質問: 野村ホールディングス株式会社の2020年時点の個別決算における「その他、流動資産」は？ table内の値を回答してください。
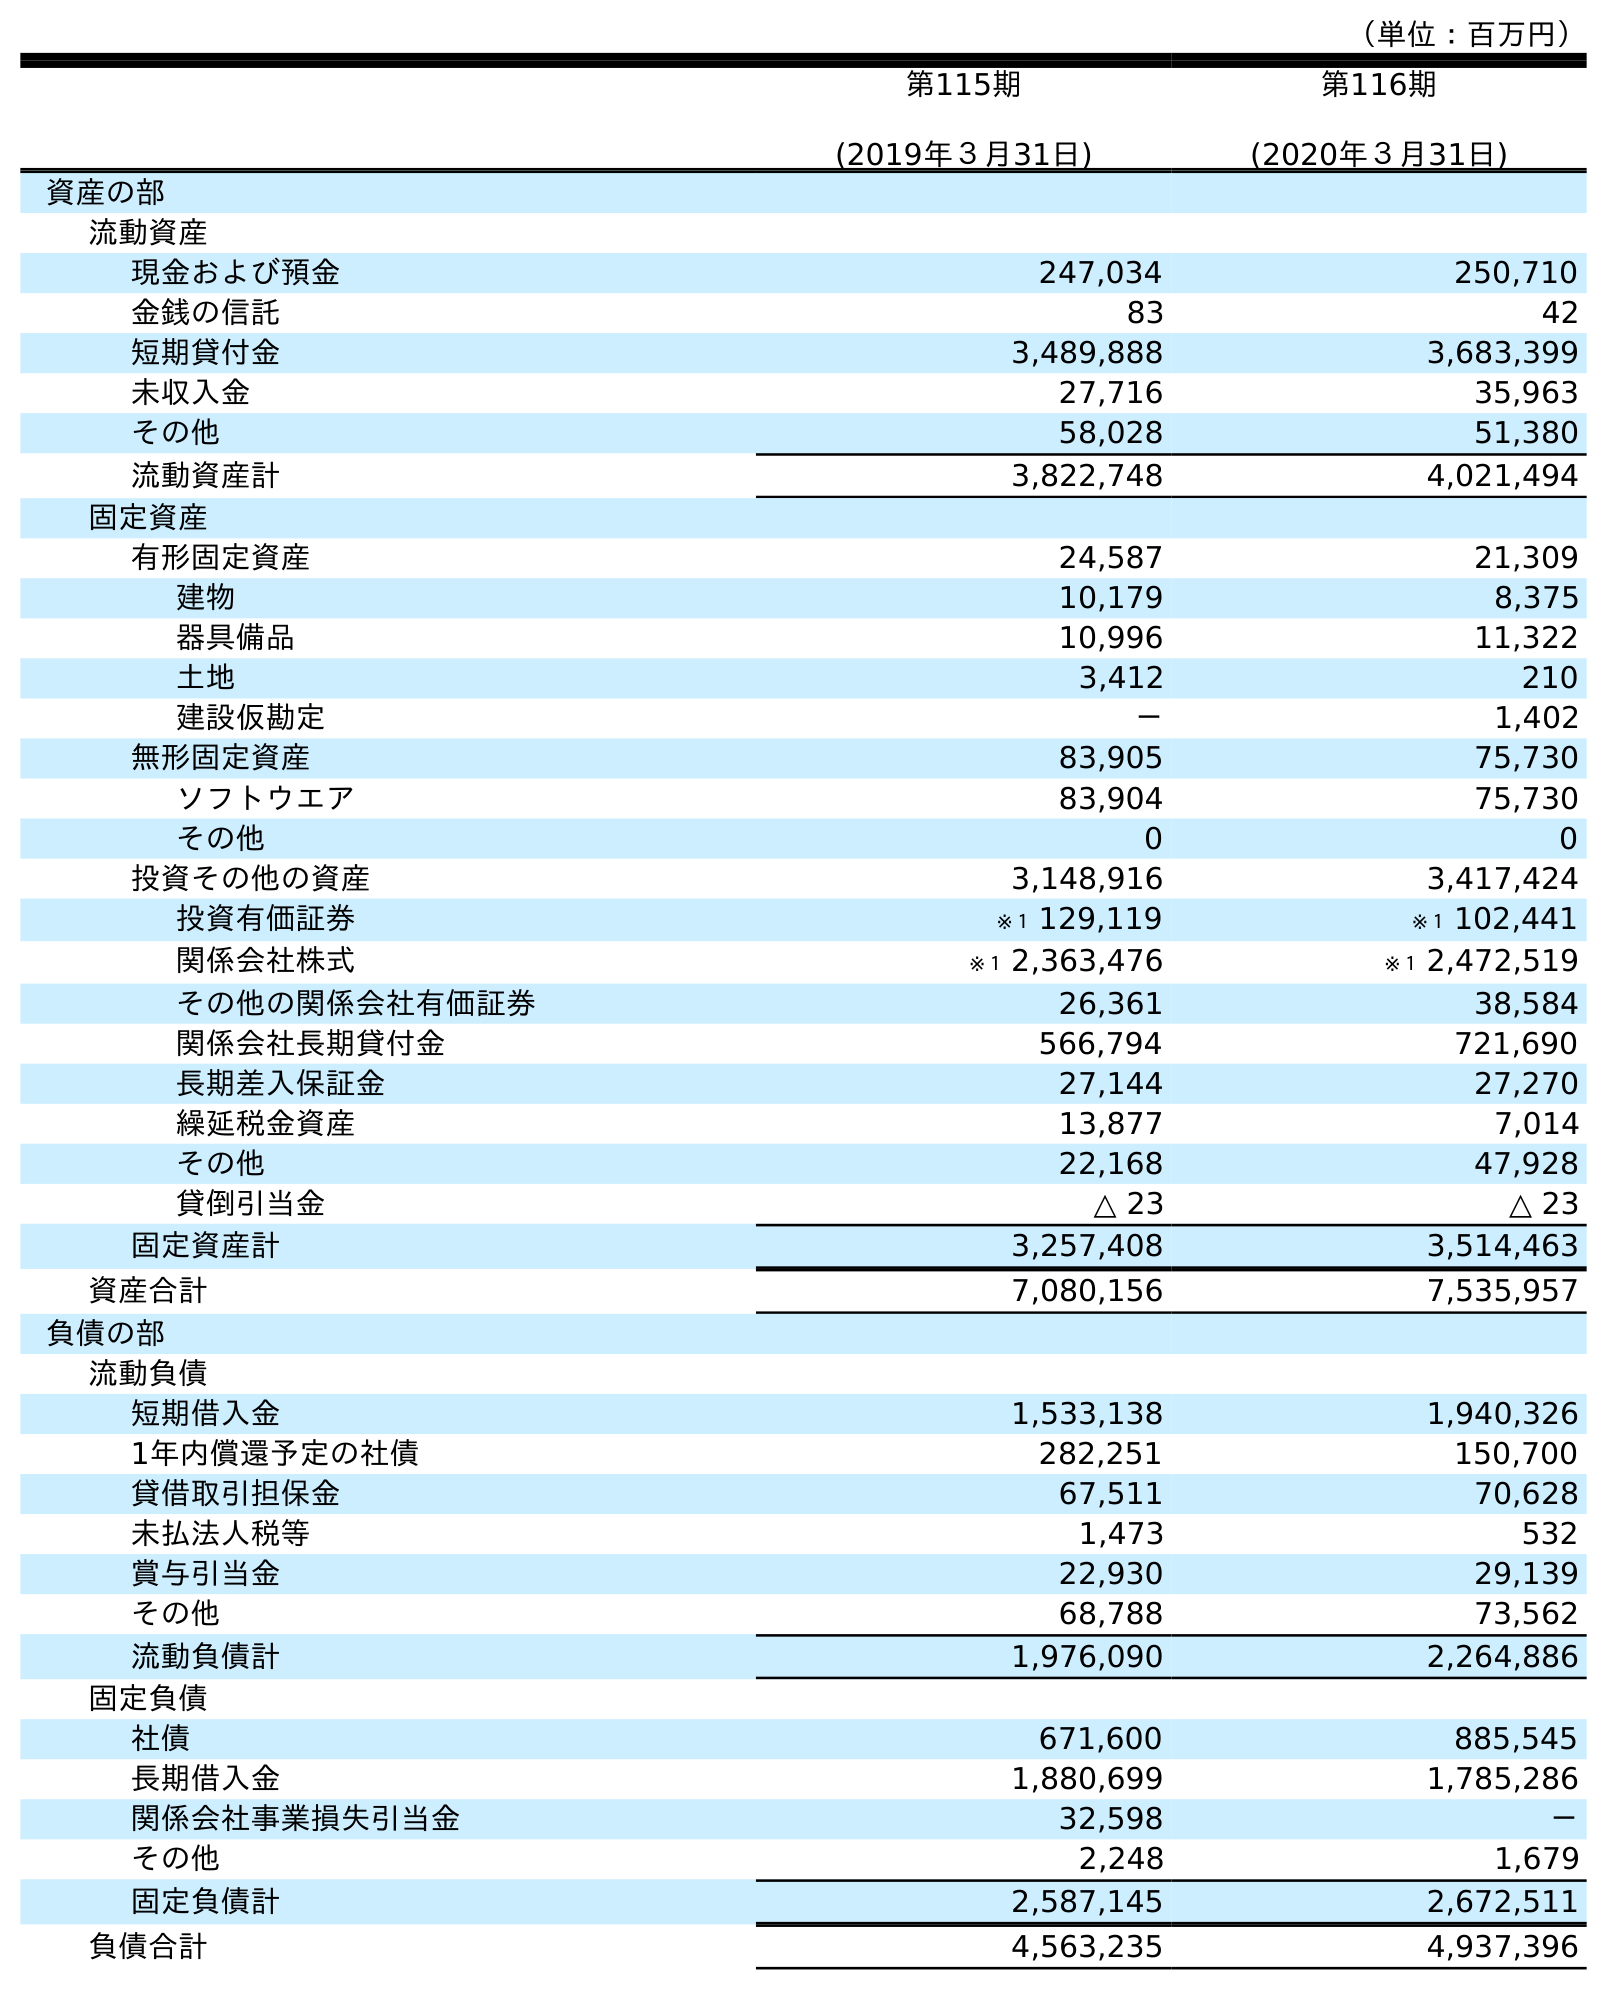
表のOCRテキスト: （単位：百万円） 第115期 (2019年３月31日) 第116期 (2020年３月31日) 資産の部 流動資産 現金および預金 247,034 250,710 金銭の信託 83 42 短期貸付金 3,489,888 3,683,399 未収入金 27,716 35,963 その他 58,028 51,380 流動資産計 3,822,748 4,021,494 固定資産 有形固定資産 24,587 21,309 建物 10,179 8,375 器具備品 10,996 11,322 土地 3,412 210 建設仮勘定 － 1,402 無形固定資産 83,905 75,730 ソフトウエア 83,904 75,730 その他 0 0 投資その他の資産 3,148,916 3,417,424 投資有価証券 ※１ 129,119 ※１ 102,441 関係会社株式 ※１ 2,363,476 ※１ 2,472,519 その他の関係会社有価証券 26,361 38,584 関係会社長期貸付金 566,794 721,690 長期差入保証金 27,144 27,270 繰延税金資産 13,877 7,014 その他 22,168 47,928 貸倒引当金 △ 23 △ 23 固定資産計 3,257,408 3,514,463 資産合計 7,080,156 7,535,957 負債の部 流動負債 短期借入金 1,533,138 1,940,326 1年内償還予定の社債 282,251 150,700 貸借取引担保金 67,511 70,628 未払法人税等 1,473 532 賞与引当金 22,930 29,139 その他 68,788 73,562 流動負債計 1,976,090 2,264,886 固定負債 社債 671,600 885,545 長期借入金 1,880,699 1,785,286 関係会社事業損失引当金 32,598 － その他 2,248 1,679 固定負債計 2,587,145 2,672,511 負債合計 4,563,235 4,937,396
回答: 51,380